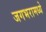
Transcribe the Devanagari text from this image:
जगभरामध्ये